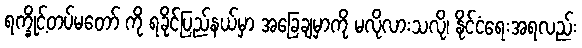
ရက္ခိုင့်တပ်မတော် ကို ရခိုင်ပြည်နယ်မှာ အခြေချမှာကို မလိုလားသလို၊ နိုင်ငံရေးအရလည်း